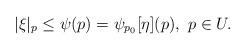
LaTeX: \begin{align*} |\xi|_p \le \psi(p) = \psi_{p_0}[\eta](p), \ p \in U.\end{align*}